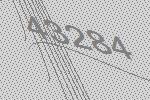
43284